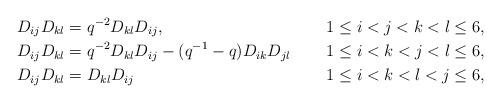
LaTeX: \begin{align*} &D_{ij}D_{kl}=q^{-2}D_{kl}D_{ij}, &&1\leq i<j<k<l\leq 6,\\ &D_{ij}D_{kl}=q^{-2}D_{kl}D_{ij}-(q^{-1}-q)D_{ik}D_{jl} &&1\leq i<k<j<l\leq 6,\\ &D_{ij}D_{kl}=D_{kl}D_{ij}&&1\leq i<k<l<j\leq 6, \end{align*}